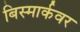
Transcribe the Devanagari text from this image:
बिस्मार्कवर